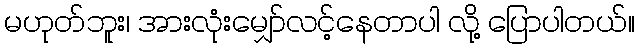
မဟုတ်ဘူး၊ အားလုံးမျှော်လင့်နေတာပါ လို့ ပြောပါတယ်။